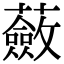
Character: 蘞